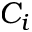
C _ { i }